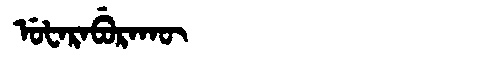
Manchu: ᡠᡶᠠᡵᠠᠪᡠᡵᠠᡴᡡ
Romanization: UFARABURAKŪ